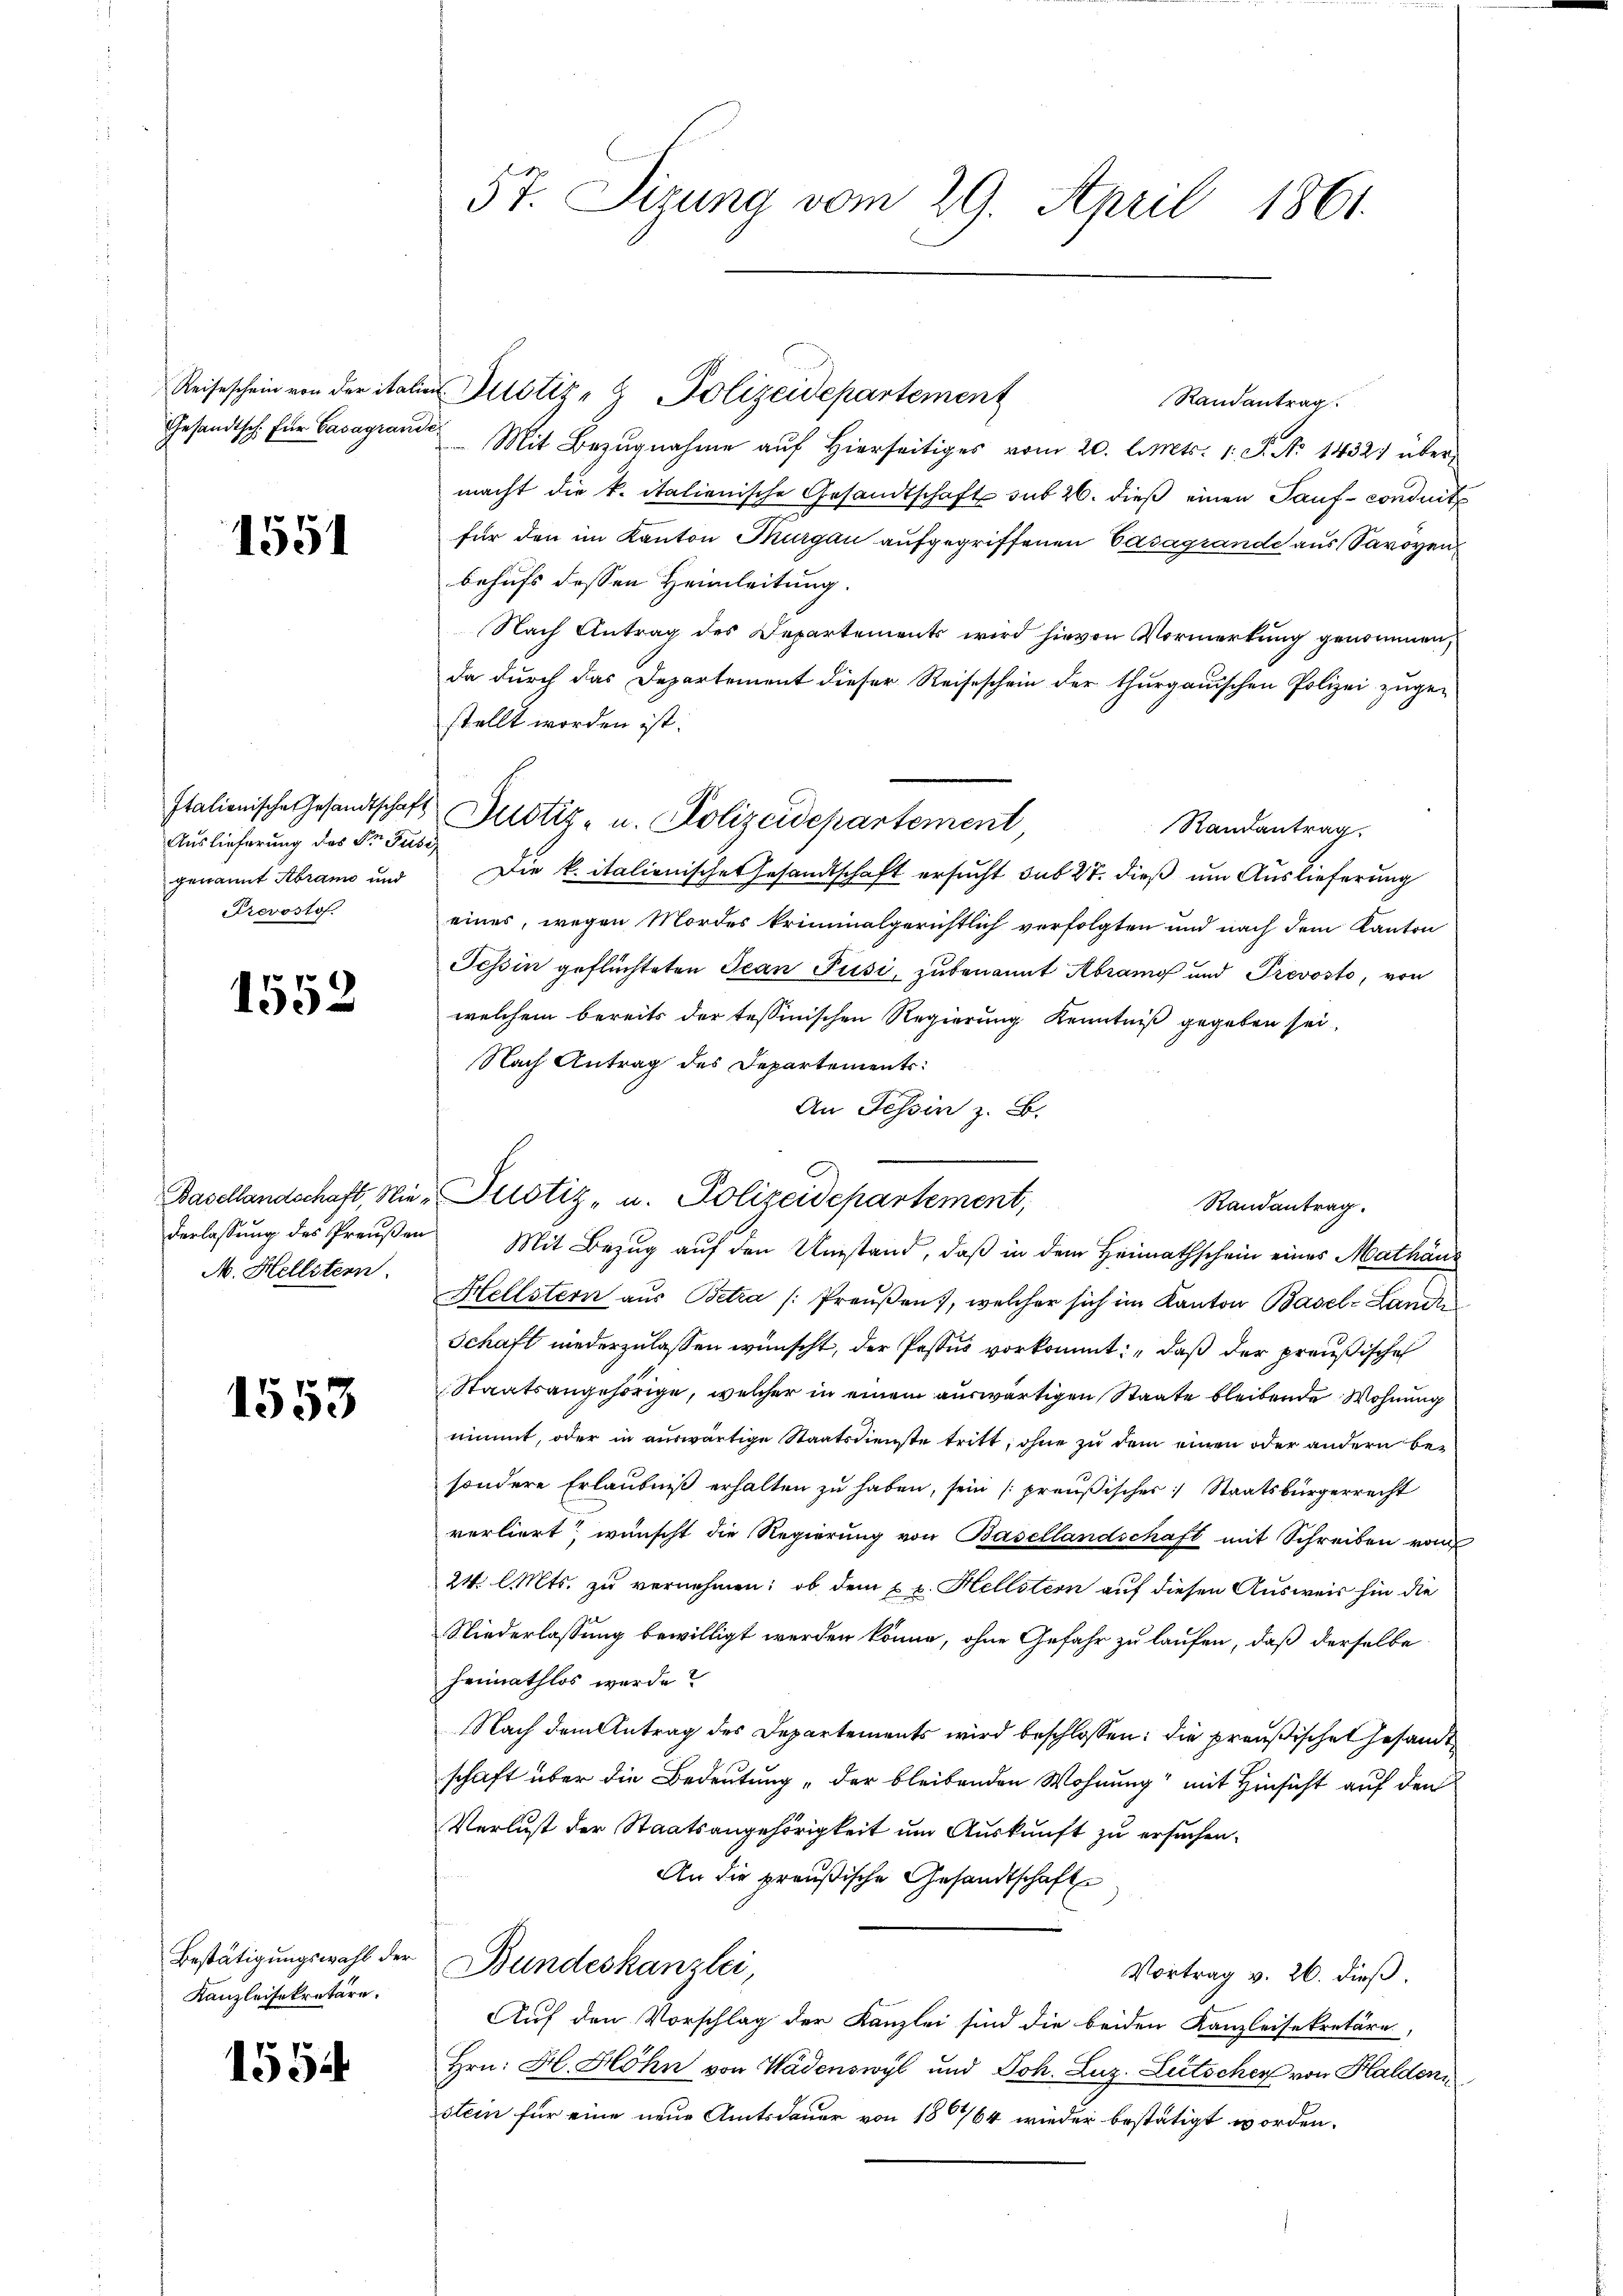
Reiseschein von der italie
Gesandtsch. für Casagraue

1551

Italionische Gesandtschaft
Auslieferung des Dr Jusi,
genannt Abrann und
Prevosto

1552

Basellandschaft, Nie¬
M. Hellitern.

1553

Bestätigungswahl der
Kanzleisekretäre.

1554

57. Sizung vom 29. April 1861.

Randantrag.
u
Mit Bezugnahme auf hierseitiges vom 20. l. Mts. 1. P. No 1432 übermacht die k. italienische Gesandtschaft sub 26. dieß einen Tauf- conduits
für den im Kanton Thurgau aufgegriffenen Casagrande aus Savoyen
behufs dessen Heimleitung.
Nach Antrag des Departements wird hievon Vormerkung genommen,
da durch das Departement dieser Reiseschein der thurgauischen Polizei zuge-
stellt worden ist.
Randantrag.
Die k. italienischetesandtschaft ersucht sub 27. dieß um Auslieferung
eines, wegen Mordes kriminalgerichtlich verfolgten und nach dem Kanton
Tessin geflüchteten Jean Pusi, zu benannt Abrang und Prevosto, von
welchem bereits der tessinischen Regierung Kenntniß gegeben sei.
Nach Antrag des Departements:
An Tessin z. B.
Justiz- u. Polizeidepartement,
Randantrag.
derlassŭng des Preŭβen Mit Bezŭg aŭf den Umstand, daß in dem Heimathschein eines Mathäus
Hellstern aus Betra /: Preußen, welcher sich im Kanton Basel-Lande
Schaft niederzulassen wünscht, der Pestus vorkommt: „daß der preußische
Staatsangehörige, welcher in einem auswärtigen Staate bleibende Wohnung
nimmt, oder in auswärtige Staatsdienste tritt, ohne zu dem einen oder andern besondere Erlaubniß erhalten zu haben, sein (preußischer Staatsbürgerrecht
verliert wünscht die Regierung von Basellandschaft mit Schreiben vom
24. l. Mts. zu vernehmen: ob dem u. z. Hellstern auf diesen Ausweis hin die
Niederlassung bewilligt werden könne, ohne Gefahr zu laufen, daß derselbe
heimathlos wurde?
Nach dem Antrag des Departements wird beschlossen: die preußischen Gesandt
schaft über die Bedeutung der bleibenden Wohnung“ mit Hinsicht auf den
Verlust der Staatsangehörigkeit um Auskunft zu ersuchen.
An die preußische Gesandtschaft
Bundeskanzlei,
Vortrag v. 26. dieß.
Auf den Vorschlag der Kanzlei sind die beiden Kanzleisekretäre,
Hrn. H. Höhn von Wädenswyl und Joh. Luz-Lutschen von Halden
stein für eine neue Amtsdauer von 1864 wieder bestätigt worden.

Justiz- u. Polizeidepartement,

u Justiz- & Polizeidepartement